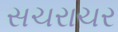
સચરાચર